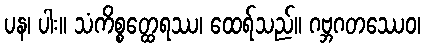
ပန၊ ပါး။ သံကိစ္စတ္ထေရဿ၊ ထေရ်သည်။ ဂဗ္ဘဂတဿေဝ၊